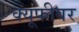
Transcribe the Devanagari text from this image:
क्यूफीवर